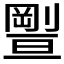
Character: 𠠊